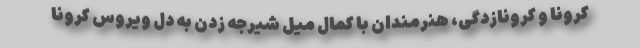
کرونا و کرونازدگی، هنرمندان با کمال میل شیرجه زدن به دل ویروس کرونا